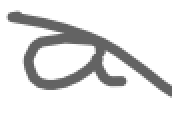
Text: a
Cross-out: diagonal
Writing tool: digital_gray